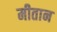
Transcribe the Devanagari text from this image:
मीतान